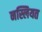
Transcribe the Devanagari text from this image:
नस्लियत